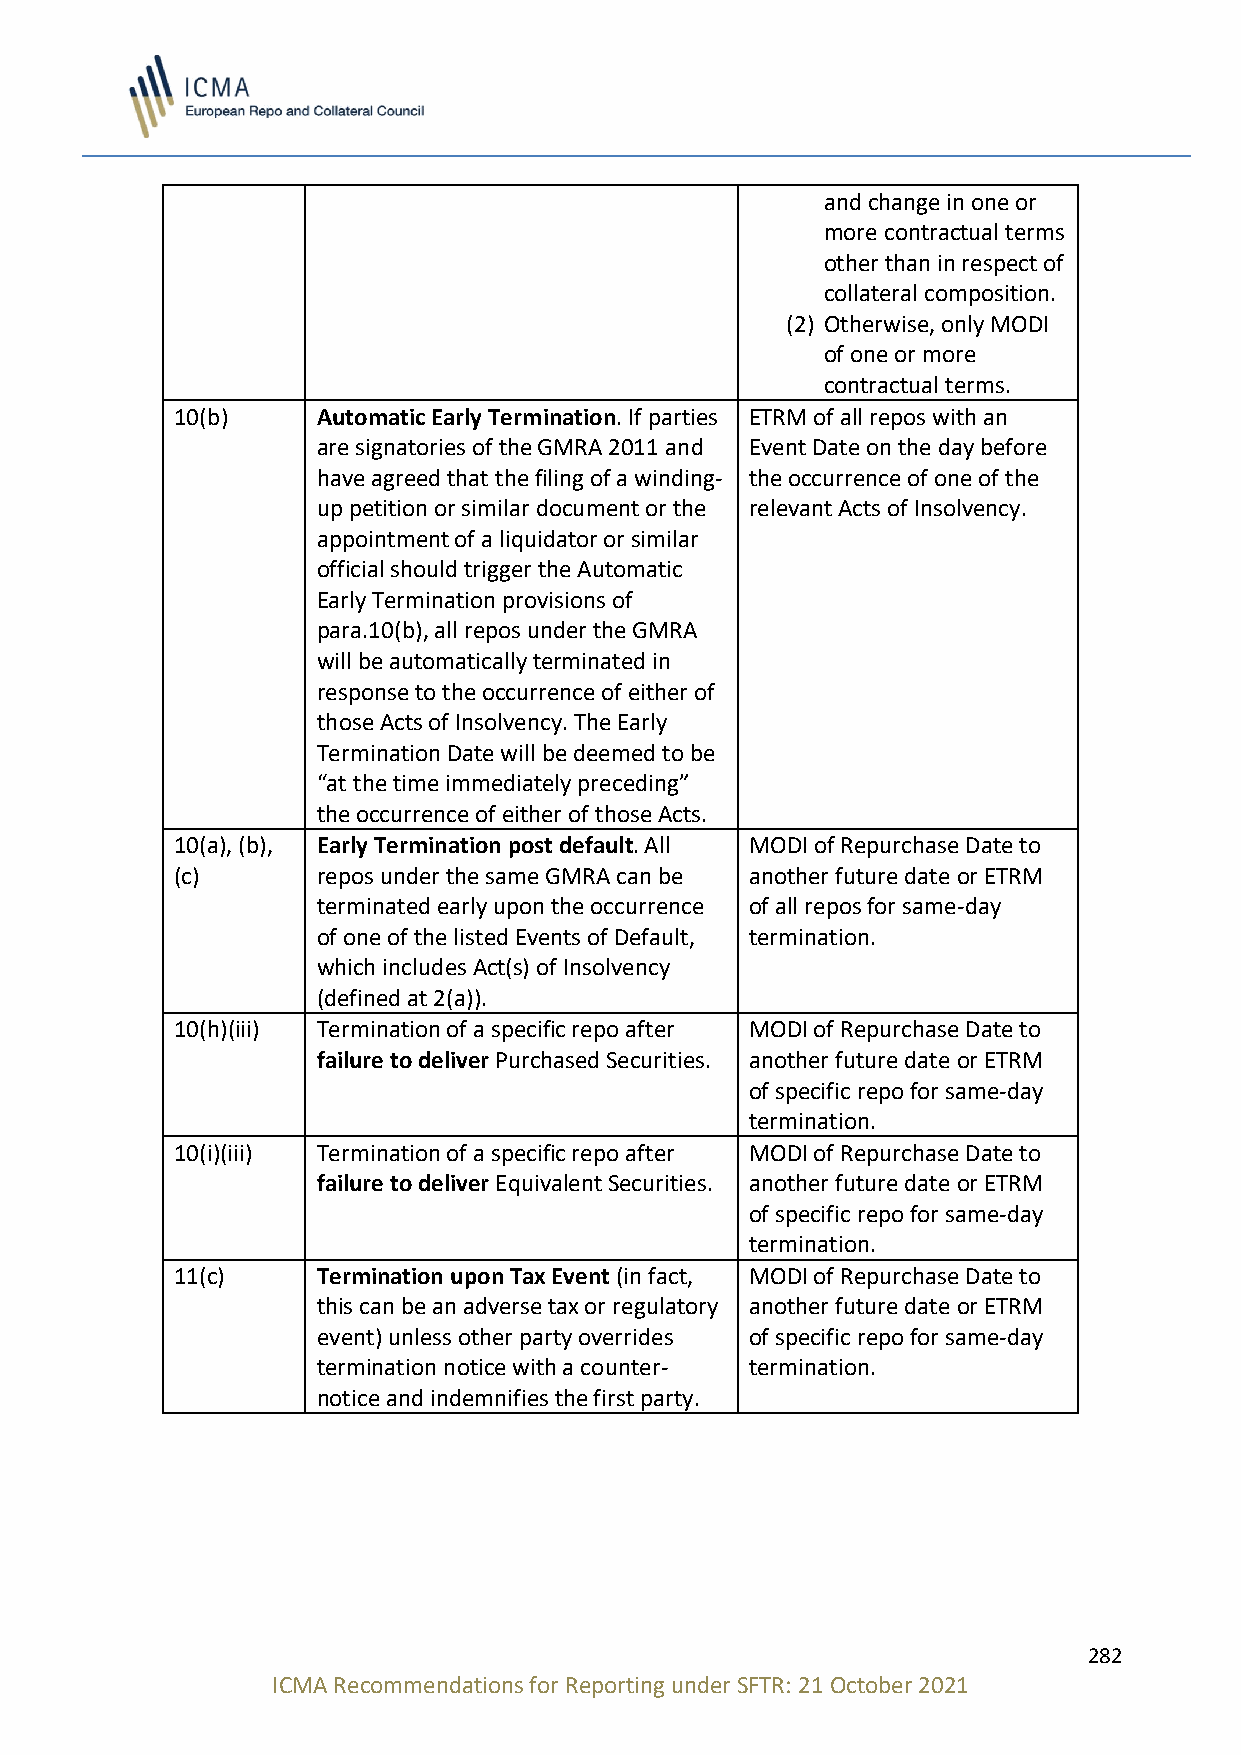
and change in one or
 more contractual terms
 other than in respect of
 collateral composition.
 (2) Otherwise, only MODI
 of one or more
 contractual terms.
 10(b)    Automatic Early Termination. If parties ETRM of all repos with an
 are signatories of the GMRA 2011 and Event Date on the day before
 have agreed that the filing of a winding- the occurrence of one of the
 up petition or similar document or the relevant Acts of Insolvency.
 appointment of a liquidator or similar
 official should trigger the Automatic
 Early Termination provisions of
 para.10(b), all repos under the GMRA
 will be automatically terminated in
 response to the occurrence of either of
 those Acts of Insolvency. The Early
 Termination Date will be deemed to be
 “at the time immediately preceding”
 the occurrence of either of those Acts.
 10(a), (b), Early Termination post default. All MODI of Repurchase Date to
 (c)      repos under the same GMRA can be another future date or ETRM
 terminated early upon the occurrence of all repos for same-day
 of one of the listed Events of Default, termination.
 which includes Act(s) of Insolvency
 (defined at 2(a)).
 10(h)(iii) Termination of a specific repo after MODI of Repurchase Date to
 failure to deliver Purchased Securities. another future date or ETRM
 of specific repo for same-day
 termination.
 10(i)(iii) Termination of a specific repo after MODI of Repurchase Date to
 failure to deliver Equivalent Securities. another future date or ETRM
 of specific repo for same-day
 termination.
 11(c)    Termination upon Tax Event (in fact, MODI of Repurchase Date to
 this can be an adverse tax or regulatory another future date or ETRM
 event) unless other party overrides of specific repo for same-day
 termination notice with a counter- termination.
 notice and indemnifies the first party.
 282
 ICMA Recommendations for Reporting under SFTR: 21 October 2021